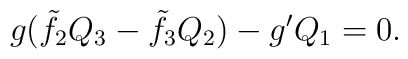
g(\tilde f_2Q_3 - \tilde f_3Q_2) - g'Q_1=0.